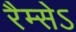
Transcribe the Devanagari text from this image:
रैम्सेऽ